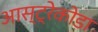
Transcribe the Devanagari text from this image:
आस्ट्रेकोडा